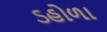
ડહોળા